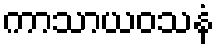
ကာသာယဝသနံ